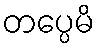
တပ္ပေမိ